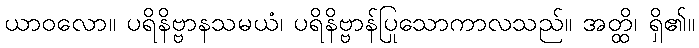
ယာဝလော။ ပရိနိဗ္ဗာနသမယံ၊ ပရိနိဗ္ဗာန်ပြုသောကာလသည်။ အတ္ထိ၊ ရှိ၏။